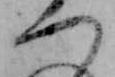
つ